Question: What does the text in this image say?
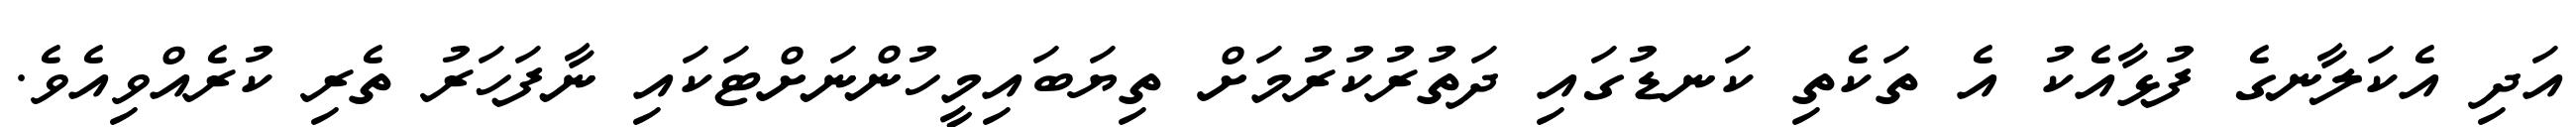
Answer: އަދި އެކަލާނގެ ފުޅާއެކު އެ ތަކެތި ކަނޑުގައި ދަތުރުކުރުމަށް ތިޔަބައިމީހުންނަށްޓަކައި ނާފަހަރު ތެރި ކުރެއްވިއެވެ.